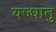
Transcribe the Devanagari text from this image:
यज्धातु